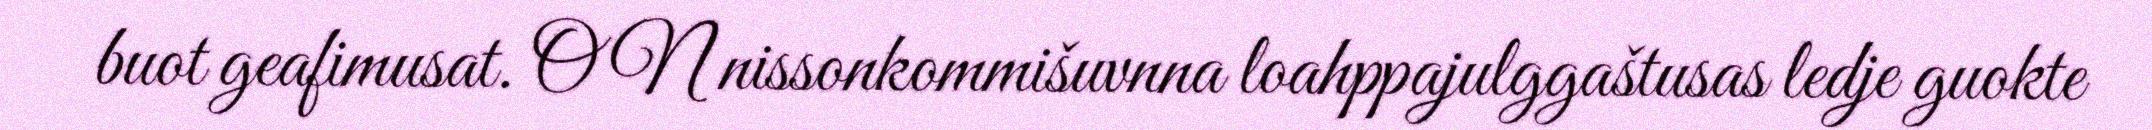
buot geafimusat. ON nissonkommišuvnna loahppajulggaštusas ledje guokte